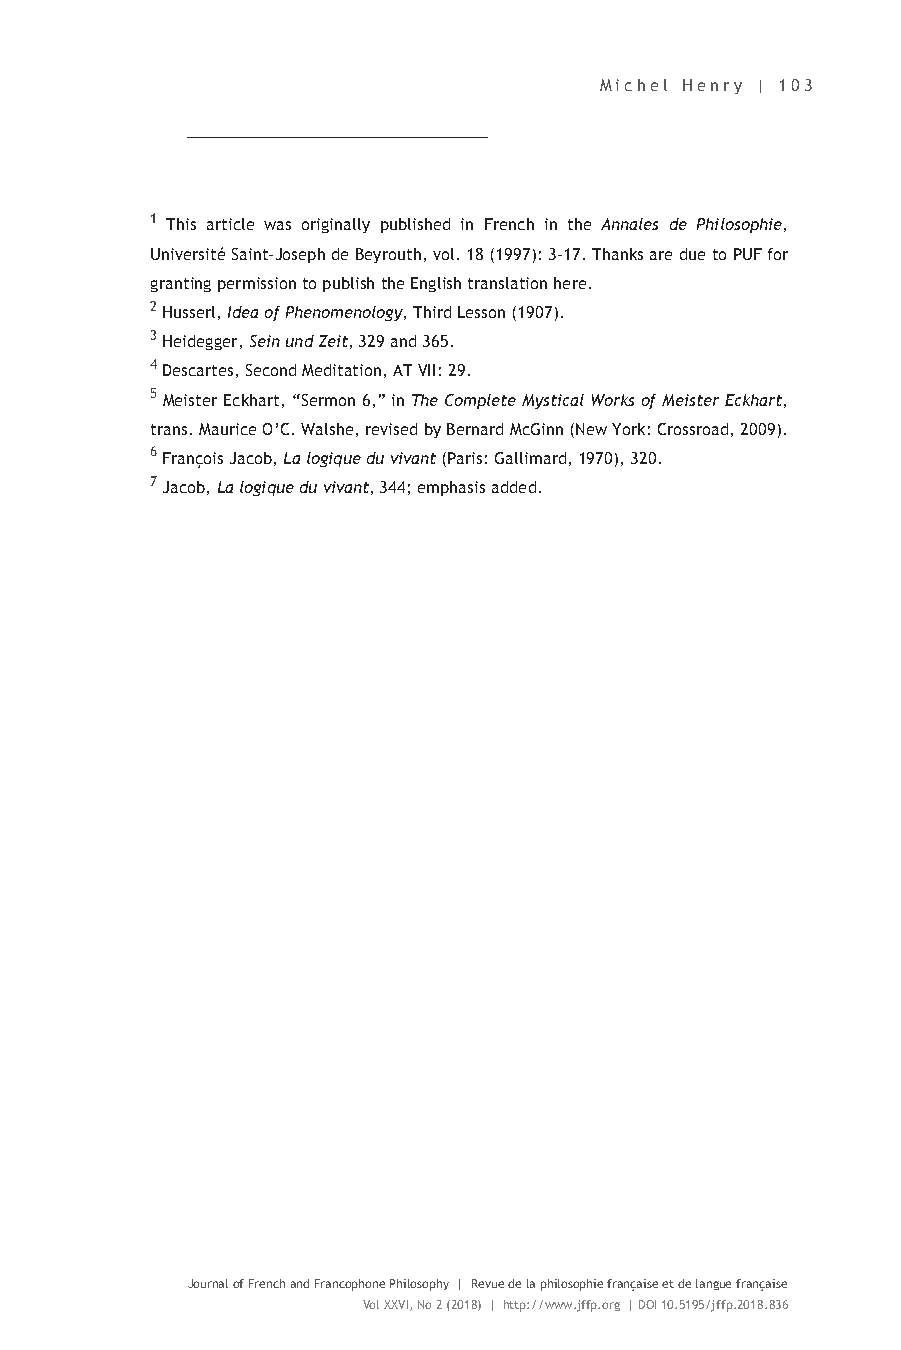
Michel Henry | 103
 1 This article was originally published in French in the Annales de Philosophie,
 Université Saint-Joseph de Beyrouth, vol. 18 (1997): 3-17. Thanks are due to PUF for
 granting permission to publish the English translation here.
 2 Husserl, Idea of Phenomenology, Third Lesson (1907).
 3 Heidegger, Sein und Zeit, 329 and 365.
 4 Descartes, Second Meditation, AT VII: 29.
 5 Meister Eckhart, “Sermon 6,” in The Complete Mystical Works of Meister Eckhart,
 trans. Maurice O’C. Walshe, revised by Bernard McGinn (New York: Crossroad, 2009).
 6 François Jacob, La logique du vivant (Paris: Gallimard, 1970), 320.
 7 Jacob, La logique du vivant, 344; emphasis added.
 Journal of French and Francophone Philosophy | Revue de la philosophie française et de langue française
 Vol XXVI, No 2 (2018) | http://www.jffp.org | DOI 10.5195/jffp.2018.836